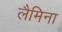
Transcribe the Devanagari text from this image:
लैमिना